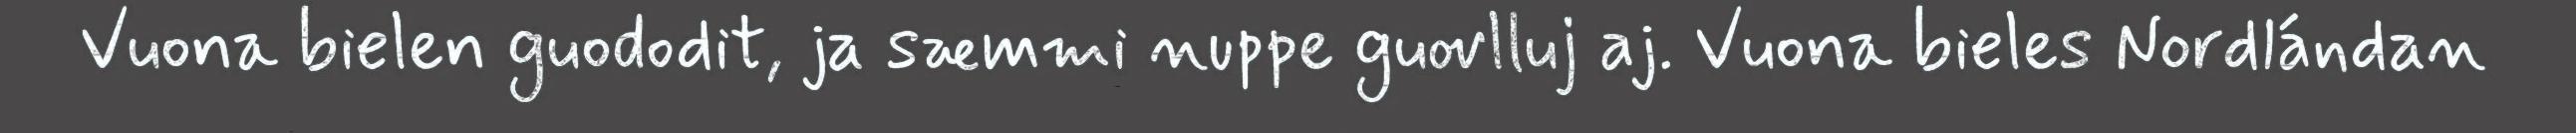
Vuona bielen guododit, ja sæmmi nuppe guovlluj aj. Vuona bieles Nordlándan